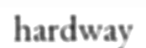
hardway